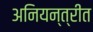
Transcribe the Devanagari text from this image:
अनियन्त्रीत